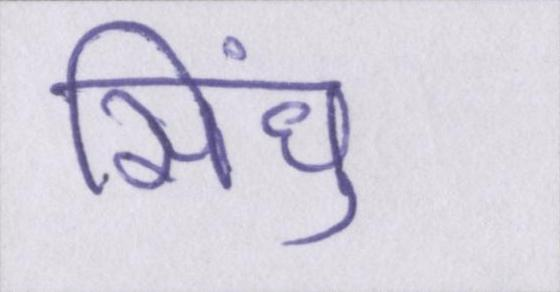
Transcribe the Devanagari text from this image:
सिंधु